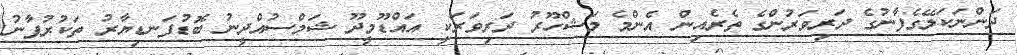
ދަންނަކަލޭގެފާނުގެ ދަރިވަރުންގެ ތެރެއިން އެންމެ މަޝްހޫރު ދަރިވަރަކީ އައްޑޫމީދޫ ޝަމްސުއްދީނު ބޮޑުފަނޑިޔާރު ތަކުރުފާނު